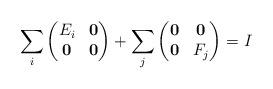
LaTeX: \begin{align*}\sum_i \begin{pmatrix}E_i&\mathbf{0}\\\mathbf{0}&\mathbf{0}\end{pmatrix}+\sum_j \begin{pmatrix}\mathbf{0}&\mathbf{0}\\\mathbf{0}&F_j\end{pmatrix}=I\end{align*}